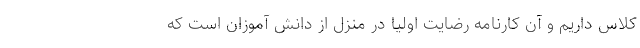
کلاس داریم و آن کارنامه رضایت اولیا در منزل از دانش آموزان است که